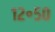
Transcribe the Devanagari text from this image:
१२॰५०